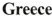
Greece